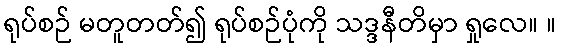
ရုပ်စဉ် မတူတတ်၍ ရုပ်စဉ်ပုံကို သဒ္ဒနီတိမှာ ရှုလေ။ ။